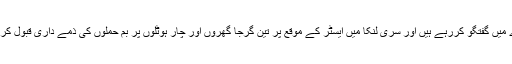
وہ سوڈان اور الجزائر کے بارے میں گفتگو کررہے ہیں اور سری لنکا میں ایسٹر کے موقع پر تین گرجا گھروں اور چار ہوٹلوں پر بم حملوں کی ذمے داری قبول کرنے کا بھی دعویٰ کررہے ہیں ۔